Vaccination in Bombay 1874-1876 - 1874-1876
Year: 1874
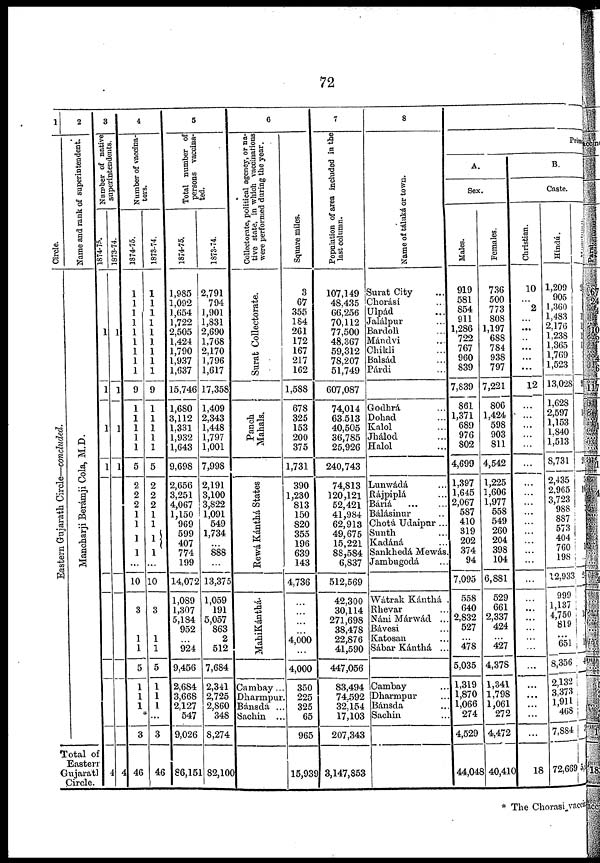
72
1
Circle.
Eastern Gujarath Circle—concluded.
2
Name and rank of superintendent.
Mancharji Beramji Cola, M.D.
Total of
Eastern
Gujarath
Circle.
3
Number of native
superintendents.
1874-75.
1
1
1
1
4
1873-74.
1
1
1
1
4
4
Number of vaccina-
tors.
1874-75.
1
1
1
1
1
1
1
1
1
9
1
1
1
1
1
5
2
2
2
1
1
1
1
...
10
3
1
1
5
1
1
1
*
3
46
1873-74.
1
1
1
1
1
1
1
1
1
9
1
1
1
1
1
5
2
2
2
1
1
1
1
...
10
3
1
1
5
1
1
1
...
3
46
5
Total number of
persons vaccina-
ted.
1874-75.
1,985
1,092
1,654
1,722
2,505
1,424
1,790
1,937
1,637
15,746
1,680
3,112
1,331
1,932
1,643
9,698
2,656
3,251
4,067
1,150
969
599
407
774
199
14,072
1,089
1,307
5,184
952
...
924
9,456
2,684
3,668
2,127
547
9,026
86,151
1873-74.
2,791
794
1,901
1,831
2,690
1,768
2,170
1,796
1,617
17,358
1,409
2,343
1,448
1,797
1,001
7,998
2,191
3,100
3,822
1,091
549
1,734
...
888
...
13,375
1,059
191
5,057
863
2
512
7,684
2,341
2,725
2,860
348
8,274
82,100
6
Collectorate, political agency, or na-
tive state, in which vaccinations
were performed during the year.
Surat Collectorate.
Panch
Mahals.
Rewá Kánthá States
MahiKánthá.
Cambay...
Dharmpur.
Bánsda ...
Sachin ...
Square miles.
3
67
355
184
261
172
167
217
162
1,588
678
325
153
200
375
1,731
390
1,230
813
150
820
355
196
639
143
4,736
...
...
...
...
4,000
...
4,000
350
225
325
65
965
15,939
7
Population of area included in the
last column.
107,149
48,435
66,256
70,112
77,500
48,367
59,312
78,207
51,749
607,087
74,014
63,513
40,505
36,785
25,926
240,743
74,813
120,121
52,421
41,984
62,913
49,675
15,221
88,584
6,837
512,569
42,300
30,114
271,698
38,478
22,876
41,590
447,056
83,494
74,592
32,154
17,103
207,343
3,147,853
8
Name of táluká or town.
Surat City ...
Chorásá ...
Ulpád ...
Jalálpur ...
Bardolì ...
Mándvi ...
Chikli ...
Balsád ...
Párdi ...
Godhrá ...
Dohad ...
Kalol ...
Jhálod ...
Halol ...
Lunwádá ...
Rájpiplá ...
Báriá
...
Bálásinur ...
Chotá Udaipur ...
Sunth ...
Kadáná ...
Sankhedá Mewás.
Jambugodá ...
Wátrak Kánthá .
Rhevar ...
Náni Márwád ...
Bávesi ...
Katosan ...
Sábar Kánthá ...
Cambay ...
Dharmpur ...
Bánsda ...
Sachin ...
Pri mary
A.
Sex.
Males.
919
581
854
911
1,286
722
767
960
839
7,839
861
1,371
689
976
802
4,699
1,397
1,645
2,067
587
410
319
202
374
94
7,095
558
640
2,832
527
...
478
5,035
1,319
1,870
1,066
274
4,529
44,048
Females.
736
500
773
808
1,197
688
784
938
797
7,221
806
1,424
598
903
811
4,542
1,225
1,606
1,977
558
549
260
204
398
104
6,881
529
661
2,337
424
...
427
4,378
1,341
1,798
1,061
272
4,472
40,410
B.
Caste.
Christian.
10
...
2
...
...
...
...
...
...
12
...
...
...
...
...
...
...
...
...
...
...
...
...
...
...
...
...
...
...
...
...
...
...
...
...
...
...
...
18
Hindú.
1,209
905
1,360
1,483
2,176
1,238
1,365
1,769
1,523
13,028
1,628
2,597
1,153
1,840
1,513
8,731
2,435
2,965
3,723
988
887
573
404
760
198
12,933
999
1,137
4,750
819
...
651
8,356
2,132
3,373
1,911
468
7,884
72,669
Musalman.
2
1
1
1
1
9
1
10
1
1
...
2
1
1
4
3
5,
* The Chorasi vaccination